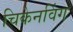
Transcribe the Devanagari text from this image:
चिकेनविंग